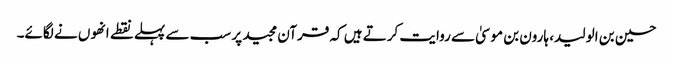
حسین بن الولید، ہارون بن موسیٰ سے روایت کرتے ہیں کہ قرآن مجید پر سب سے پہلے نقطے انھوں نے لگائے۔